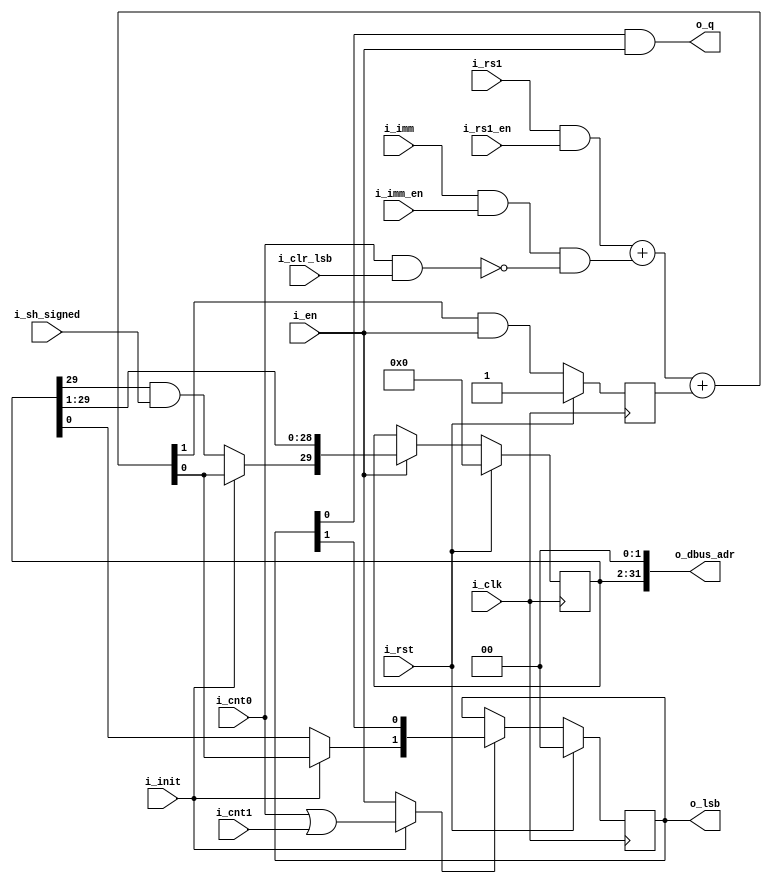
module serv_bufreg 
(
   input wire 	      i_clk,
   input wire         i_rst,
   //State
   input wire 	      i_cnt0,
   input wire 	      i_cnt1,
   input wire 	      i_en,
   input wire 	      i_init,
   output wire [1:0]  o_lsb,
   //Control
   input wire 	      i_rs1_en,
   input wire 	      i_imm_en,
   input wire 	      i_clr_lsb,
   input wire 	      i_sh_signed, 
   //Data
   input wire 	      i_rs1,
   input wire 	      i_imm,
   output wire 	      o_q,
   //External
   output wire [31:0] o_dbus_adr
);

   wire 	      c, q;
   reg 		      c_r;
   reg [31:2] 	  data;
   reg [1:0]      lsb;

   wire 	      clr_lsb = i_cnt0 & i_clr_lsb;

   assign {c,q} = {1'b0,(i_rs1 & i_rs1_en)} + {1'b0,(i_imm & i_imm_en & !clr_lsb)} + c_r;

   always @(posedge i_clk) begin
      if (i_rst) begin
        c_r  <= 1'b1;
        data <= 30'd0;
        lsb  <= 2'b00;  
      end
      else begin
      //Make sure carry is cleared before loading new data
        c_r <= c & i_en;
        if (i_en)
	       data <= {i_init ? q : (data[31] & i_sh_signed), data[31:3]};
        if (i_init ? (i_cnt0 | i_cnt1) : i_en)
	       lsb <= {i_init ? q : data[2],lsb[1]};
	  end
   end

   assign o_q        = lsb[0] & i_en;
   assign o_dbus_adr = {data, 2'b00};
   assign o_lsb      = lsb;

endmodule